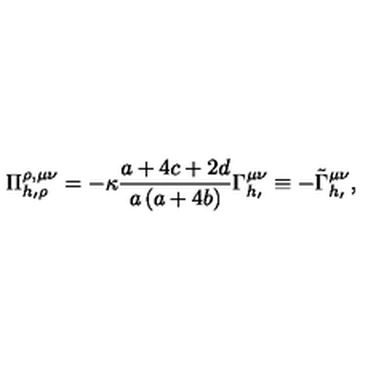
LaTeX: \Pi _ { h _ { \prime } \rho } ^ { \rho , \mu \nu } = - \kappa \frac { a + 4 c + 2 d } { a \left( a + 4 b \right) } \Gamma _ { h _ { \prime } } ^ { \mu \nu } \equiv - \tilde { \Gamma } _ { h _ { \prime } } ^ { \mu \nu } ,